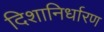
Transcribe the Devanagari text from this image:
दिशानिर्धारण